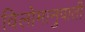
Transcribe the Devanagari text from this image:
विलोमानुपाती